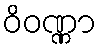
ဝိဝဏ္ဏာ